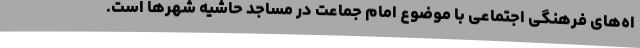
اه‌های فرهنگی اجتماعی با موضوع امام جماعت در مساجد حاشیه شهرها است.